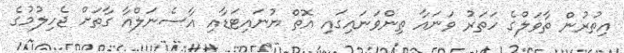
އިތުރުން ތާވަލްގެ ހަތަރު ވަނައާ ތިންވަނައިގައި އޮތް ޔުނައިޓަޑާއި އާސެނަލްއާ ގާތަށް ޖެހިލުމުގެ